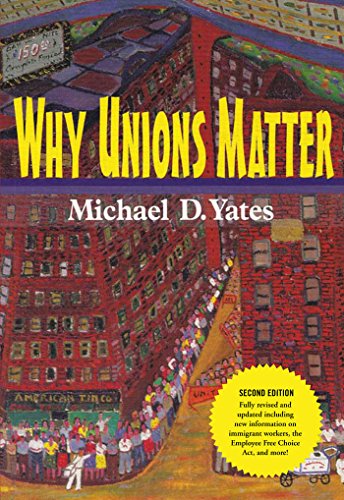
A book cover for Why Unions Matter; Michael D. Yates; Business & Money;